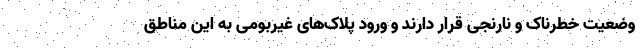
وضعیت خطرناک و نارنجی قرار دارند و ورود پلاک‌های غیربومی به این مناطق